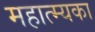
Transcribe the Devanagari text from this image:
महात्म्यका